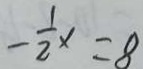
- \frac { 1 } { 2 } x = 8